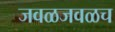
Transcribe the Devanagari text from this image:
जवळजवळच